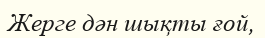
Жерге дән шықты ғой,